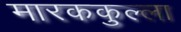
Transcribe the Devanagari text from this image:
मारककुल्ला